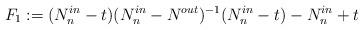
LaTeX: \begin{align*}F_1:=(N^{in}_n-t)(N^{in}_n - N^{out})^{-1}(N^{in}_n-t)- N^{in}_n+t\end{align*}